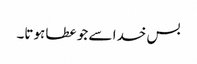
بس خدا سے جو عطا ہوتا۔